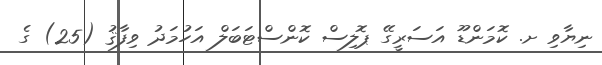
ނިޔާވި ށ. ކޮމަންޑޫ އަސަރީގޭ ޕޮލިސް ކޮންސްޓަބަލް އަހުމަދު ވިފާޤު (25) ގެ